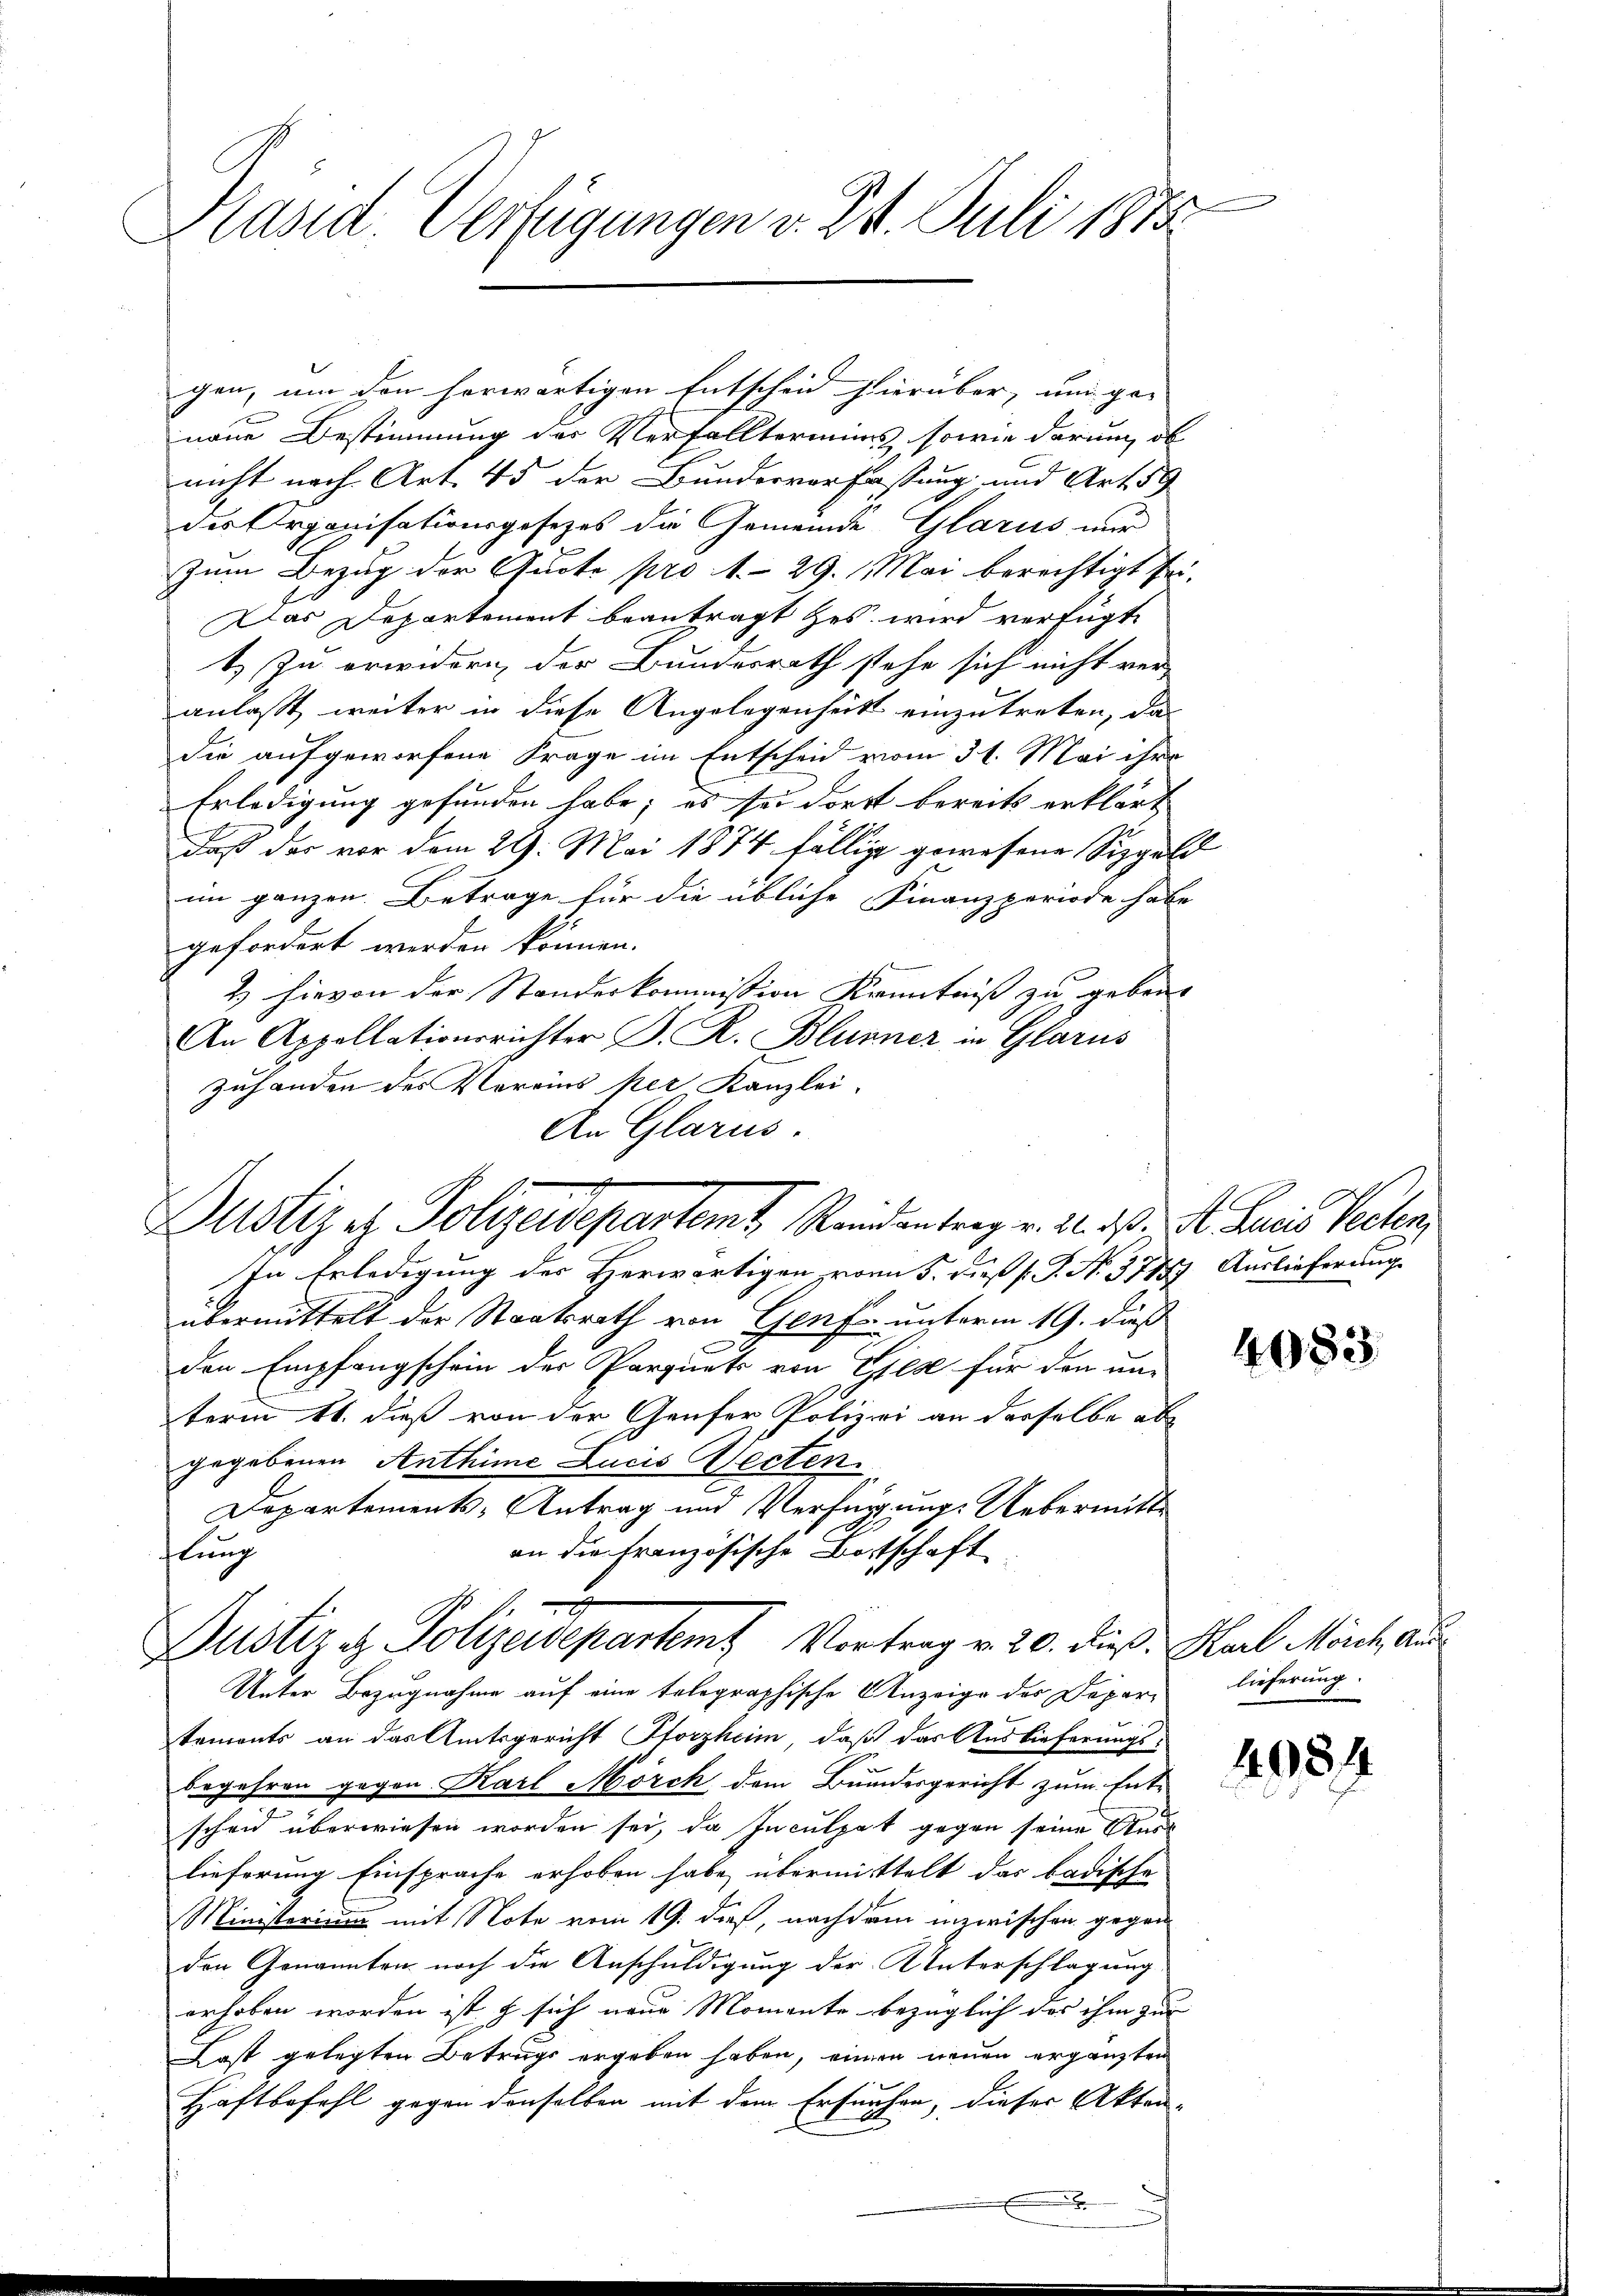
Kasid. Verfügungen v. 24. Juli 1873.

Zustiz, Polizeidepartemt, Randantrag v. 22. d. d. Junius Verten

In Erledigung des Herwärtigen vom 5. dieß s. S. N. 3785) Auslieferung.
übermittelt der Staatsrath von Genf unterm 19. dieß
c
den Empfangschein der Parquets von Giese für den un-
term 11. dieß von der Genfer Polizei an derselbe ab
gegebenen Anthime Lucis Werten.
Departements-Antrag und Verfügung. Uebermitte
an die Französische Dortschaft
flung
Unter Bezugnahme auf eine tolographische Anzeige des Depar- lieferung.
tements an das Amtsgericht Storzheim, daß das Auslieferungs-
begehren gegen Karl Mörch dem Bundesgericht zum Ent-
scheid überwiesen worden sei, da Inculpat gegen seine Auslieferung Einsprache erhoben habe übermittelt das badische
Ministerium mit Note vom 19. dieß, nachdem inzwischen gegen
den Genannten noch die Anschuldigung der Unterschlagung
erhoben worden ist & sich neue Momente bezüglich das ihm zur
Last gelegten Betrugs ergeben haben, einen neuen ergänzten
Haftbefehl gegen denselben mit dem Ersuchen, dieser Akten
x

gen, um den herwärtigen Entscheid hierüber, um ge-
naue Bestimmung der Verfalltermins, sowie darum, ob
nicht nach Art. 45 der Bunderverfassung und Art. 59
des Organisationsgesetzes die Gemeinde Glarus nur
Zum Bezug der Quote pro 1. 29. Mai berechtigt sei.
Das Departement beantragt es wird verfügt
t. Zu erwidern der Bundesrath stehe sich nicht ver-
anlaßt, weiter in diese Angelegenheits einzutreten, das
die aufgeworfene Frage im Entscheid vom 31. Mai ihre
Erledigung gefunden habe; es sei dort bereits erklärt
daß der vor dem 29. Mai 1874 fällig gewesene Sippold
im ganzen Betrage für die übliche Finanzperiode habe
gefordert werden können.
2 hievon der Standeskommission Kenntniß zu geben.
An Appellationsrichter P. R. Blunner in Glarus
zuhanden des Vereins per Kanzlei.
An Glarus.

d
Dustiz & Polizeidepartemt Vortrag v. 20. dieß. Karl Morch Aus¬

4083.

4984